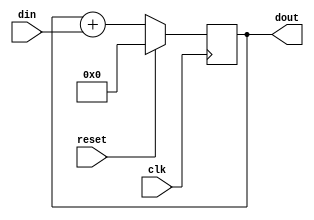
//
//
// This is just a little demo of DDS.  It doesn't have any cool features
// or anything..
//
module dds (
   clk,
   reset,
   
   din,
   
   dout
);

parameter	W = 12;

input		clk;	// Primary clock.
input		reset;	// Synchronous reset.
input [W-1:0]	din;	// The "phase step".
output [W-1:0]	dout;	// Output of the phase accumulator register.

reg [W-1:0]	dout;

reg [W-1:0]	accum;	// Phas Accumulator

// Just output the accumulator...
always @(accum)
   dout <= accum;

// Specify the accumulator..   
always @(posedge clk) begin
   if (reset) accum <= 0;
   else begin
      accum <= accum + din;
   end
end

endmodule

// synopsys translate_off
module ddstest;

reg		clk;
reg		reset;
reg [11:0]	din;
wire [11:0]	dout;	
reg [7:0]	cosout;	

// Instantiate the DDS with 12-bits.
//
dds #(12) dds1 (.clk(clk),  .reset(reset),  .din(din),  .dout(dout));

// Here's our Cosine lookup table.
//
reg [7:0]	costable[0:4095];  // 4KBytes.

// DDS Phase Accumulator output simply indexes into the Cos lookup table.
//
always @(dout)
   cosout <= costable[dout];

// Main test thread.
//   
initial begin
   $readmemh ("cos.hex", costable); // See the PERL program 'generate_cos_table.pl'

   din = 12'h020; // Start at 16
   #500000;
   
   din = 12'h0D0; // A little faster.. 
   #500000;
   
   din = 12'h200; // Fairly fast.
   #500000;
   
   $finish;
end

// Let's clock it at 1 MHz
initial begin
   clk = 0;
   forever begin
      #500 clk = 1;
      #500 clk = 0;
   end
end

// Reset
initial begin
   reset = 1;
   #3500 reset = 0;
end

// Generate VCD file for viewing.
initial begin
   $dumpfile ("dds.vcd");
   $dumpvars (0,ddstest);   
end
endmodule

//***  Here's the Perl program for your reference...
`ifdef WHEN_PERL_IS_A_SUBSET_OF_VERILOG
      #!/tools2/perl/bin/perl
      #
      #  Generate a file of cos data for use by a DDS simulation.
      #

      $n      = 4096;	# Number of data points
      $minval = 0;	# Smallest cos value.
      $maxval = 255;	# Largest cos value.

      $pi = 3.1415927;
      $t = 0;
      for ($i = 1; $i < $n; $i = $i + 1) {
         $value = ($maxval - $minval)/2 + (($maxval - $minval)/2)*cos($t);
         $value = int($value);
         printf "%x\n", $value;
         $t = $t + 2*$pi / $n;
      }
`endif